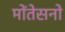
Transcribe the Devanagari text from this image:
मोंतेसनो